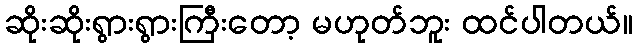
ဆိုးဆိုးရွားရွားကြီးတော့ မဟုတ်ဘူး ထင်ပါတယ်။